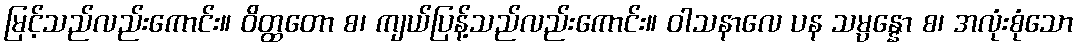
မြင့်သည်လည်းကောင်း။ ဝိတ္ထတော စ၊ ကျယ်ပြန့်သည်လည်းကောင်း။ ဝါသနာလေ ပန သမ္ပန္နော စ၊ အလုံးစုံသော